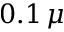
0 . 1 \, \mu